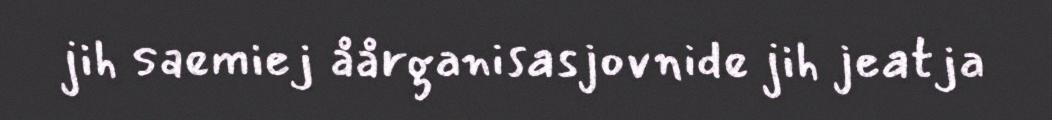
jih saemiej åårganisasjovnide jih jeatja